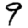
Digit: 9